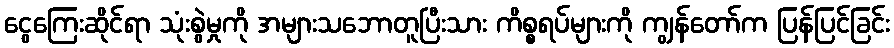
ငွေကြေးဆိုင်ရာ သုံးစွဲမှုကို အများသဘောတူပြီးသား ကိစ္စရပ်များကို ကျွန်တော်က ပြန်ပြင်ခြင်း